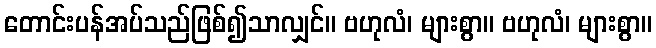
တောင်းပန်အပ်သည်ဖြစ်၍သာလျှင်။ ဗဟုလံ၊ များစွာ။ ဗဟုလံ၊ များစွာ။